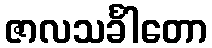
ဇာလသင်္ခါတော